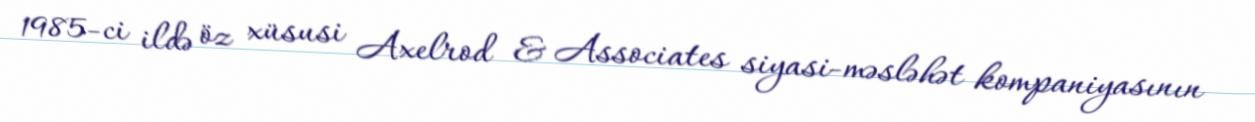
1985-ci ildə öz xüsusi Axelrod & Associates siyasi-məsləhət kompaniyasının